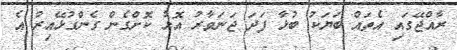
ރާއްޖޭގައި އެތައް ބަޔަކު ބުޅާ ފަދަ ޖަނަވާރު އޮޅު ކޮށްގެން ގެންގުޅޭއިރު އެ